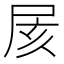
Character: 𡱍